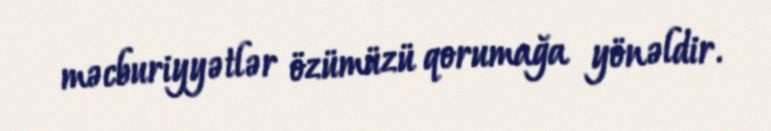
məcburiyyətlər özümüzü qorumağa yönəldir.